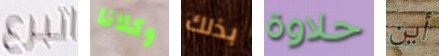
اتبرع وكلانا بذلك حلاوة أين